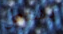
يشتعل